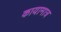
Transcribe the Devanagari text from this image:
कायामात्र